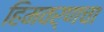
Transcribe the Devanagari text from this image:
हिमवर्णचा